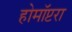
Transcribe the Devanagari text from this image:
होमॉप्टरा